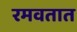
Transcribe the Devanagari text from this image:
रमवतात